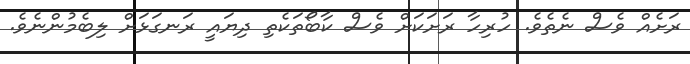
ރަށެއް ވެސް ނެތެވެ. ހުރިހާ ރަށަކަށް ވެސް ކާބޯތަކެތި ދިޔައީ ރަނގަޅަށް ލިބެމުންނެވެ.